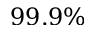
9 9 . 9 \%